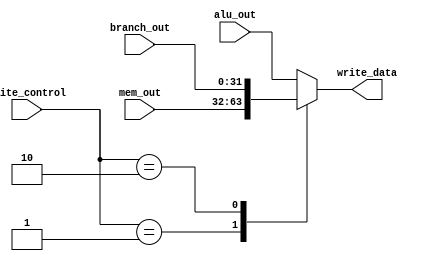
module write_control_mux(
    input [31:0] branch_out,
    input [31:0] mem_out,
    input [31:0] alu_out,
    input [1:0] write_control,
    output [31:0] write_data
);
    always @(*) begin
		case(write_control)
			2'b00:
                // alu operations
				begin
					write_data <= alu_out;
				end
			2'b01:
                // lw
				begin
					write_data <= mem_out;
				end
            2'b10:
                // bl
                begin
                    write_data <= branch_out;
                end
			default:
				begin
					write_data <= alu_out;
				end
		endcase
	end

endmodule